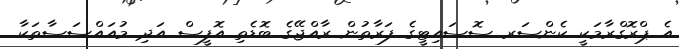
އެ ޕްރޮގްރާމަކީ ކެންސަރ ސޮސައިޓީގެ ފަރާތުން ރާއްޖޭގެ ބޮޑެތި އޮފީސް އަދި މުއައްސަސާތަކާ